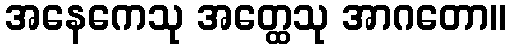
အနေကေသု အတ္ထေသု အာဂတော။